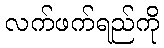
လက်ဖက်ရည်ကို